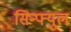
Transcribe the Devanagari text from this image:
सिन्फ्युल